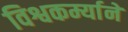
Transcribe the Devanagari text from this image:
विश्वकर्म्याने